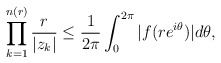
\begin{align*}\prod^{n(r)}_{k=1}\frac{r}{|z_k|}\leq \frac{1}{2\pi}\int^{2\pi}_0|f(re^{i\theta})|d \theta,\end{align*}